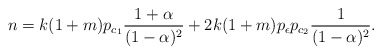
\begin{align*}n=k(1+m)p_{c_1}\frac{1+\alpha}{(1-\alpha)^{2}}+2k(1+m)p_{\epsilon}p_{c_{2}}\frac{1}{(1-\alpha)^{2}}.\end{align*}